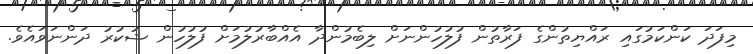
މިފަދަ ކަންކަމުގައި ރައްޔިތުންގެ ފަރާތުން ފުލުހުންނަށް ލިބެމުންދާ އެއްބާރުލުމަށް ފުލުހުން ޝުކުރު ދަންނަވައެވެ.